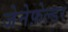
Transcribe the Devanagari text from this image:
जेनेफ़ेल्डर